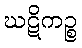
ဃဋိကဉ္စ